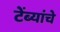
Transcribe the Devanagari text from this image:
टेंब्यांचे